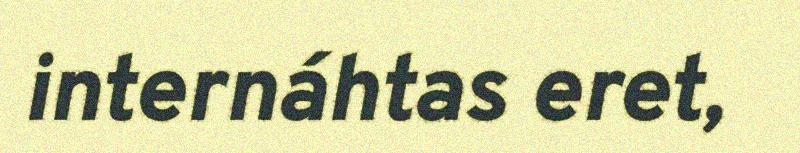
internáhtas eret,